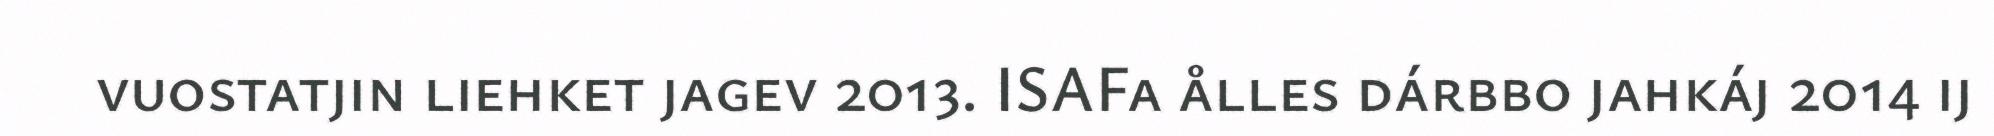
vuostatjin liehket jagev 2013. ISAFa ålles dárbbo jahkáj 2014 ij